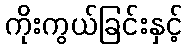
ကိုးကွယ်ခြင်းနှင့်